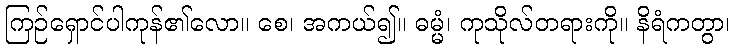
ကြဉ်ရှောင်ပါကုန်၏လော။ စေ၊ အကယ်၍။ ဓမ္မံ၊ ကုသိုလ်တရားကို။ နိရံကတွာ၊